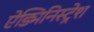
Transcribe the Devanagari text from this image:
ऐड्मिनिस्ट्रेश